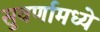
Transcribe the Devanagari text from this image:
सुवर्णामध्ये